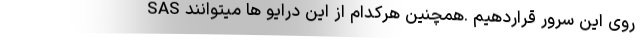
روی این سرور قراردهیم .همچنین هرکدام از این درایو ها میتوانند SAS